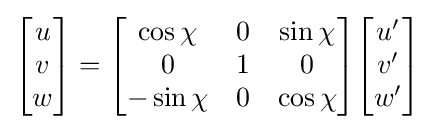
{\begin{bmatrix}u\\v\\w\end{bmatrix}}={\begin{bmatrix}\cos \chi &0&\sin \chi \\0&1&0\\-\sin \chi &0&\cos \chi \end{bmatrix}}{\begin{bmatrix}u'\\v'\\w'\end{bmatrix}}